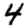
Digit: 4